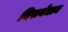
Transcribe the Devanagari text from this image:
निसर्गधाम